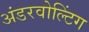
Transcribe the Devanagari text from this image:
अंडरवोल्टिंग